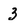
Character: 3